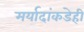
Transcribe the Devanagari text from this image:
मर्यादांकडेही